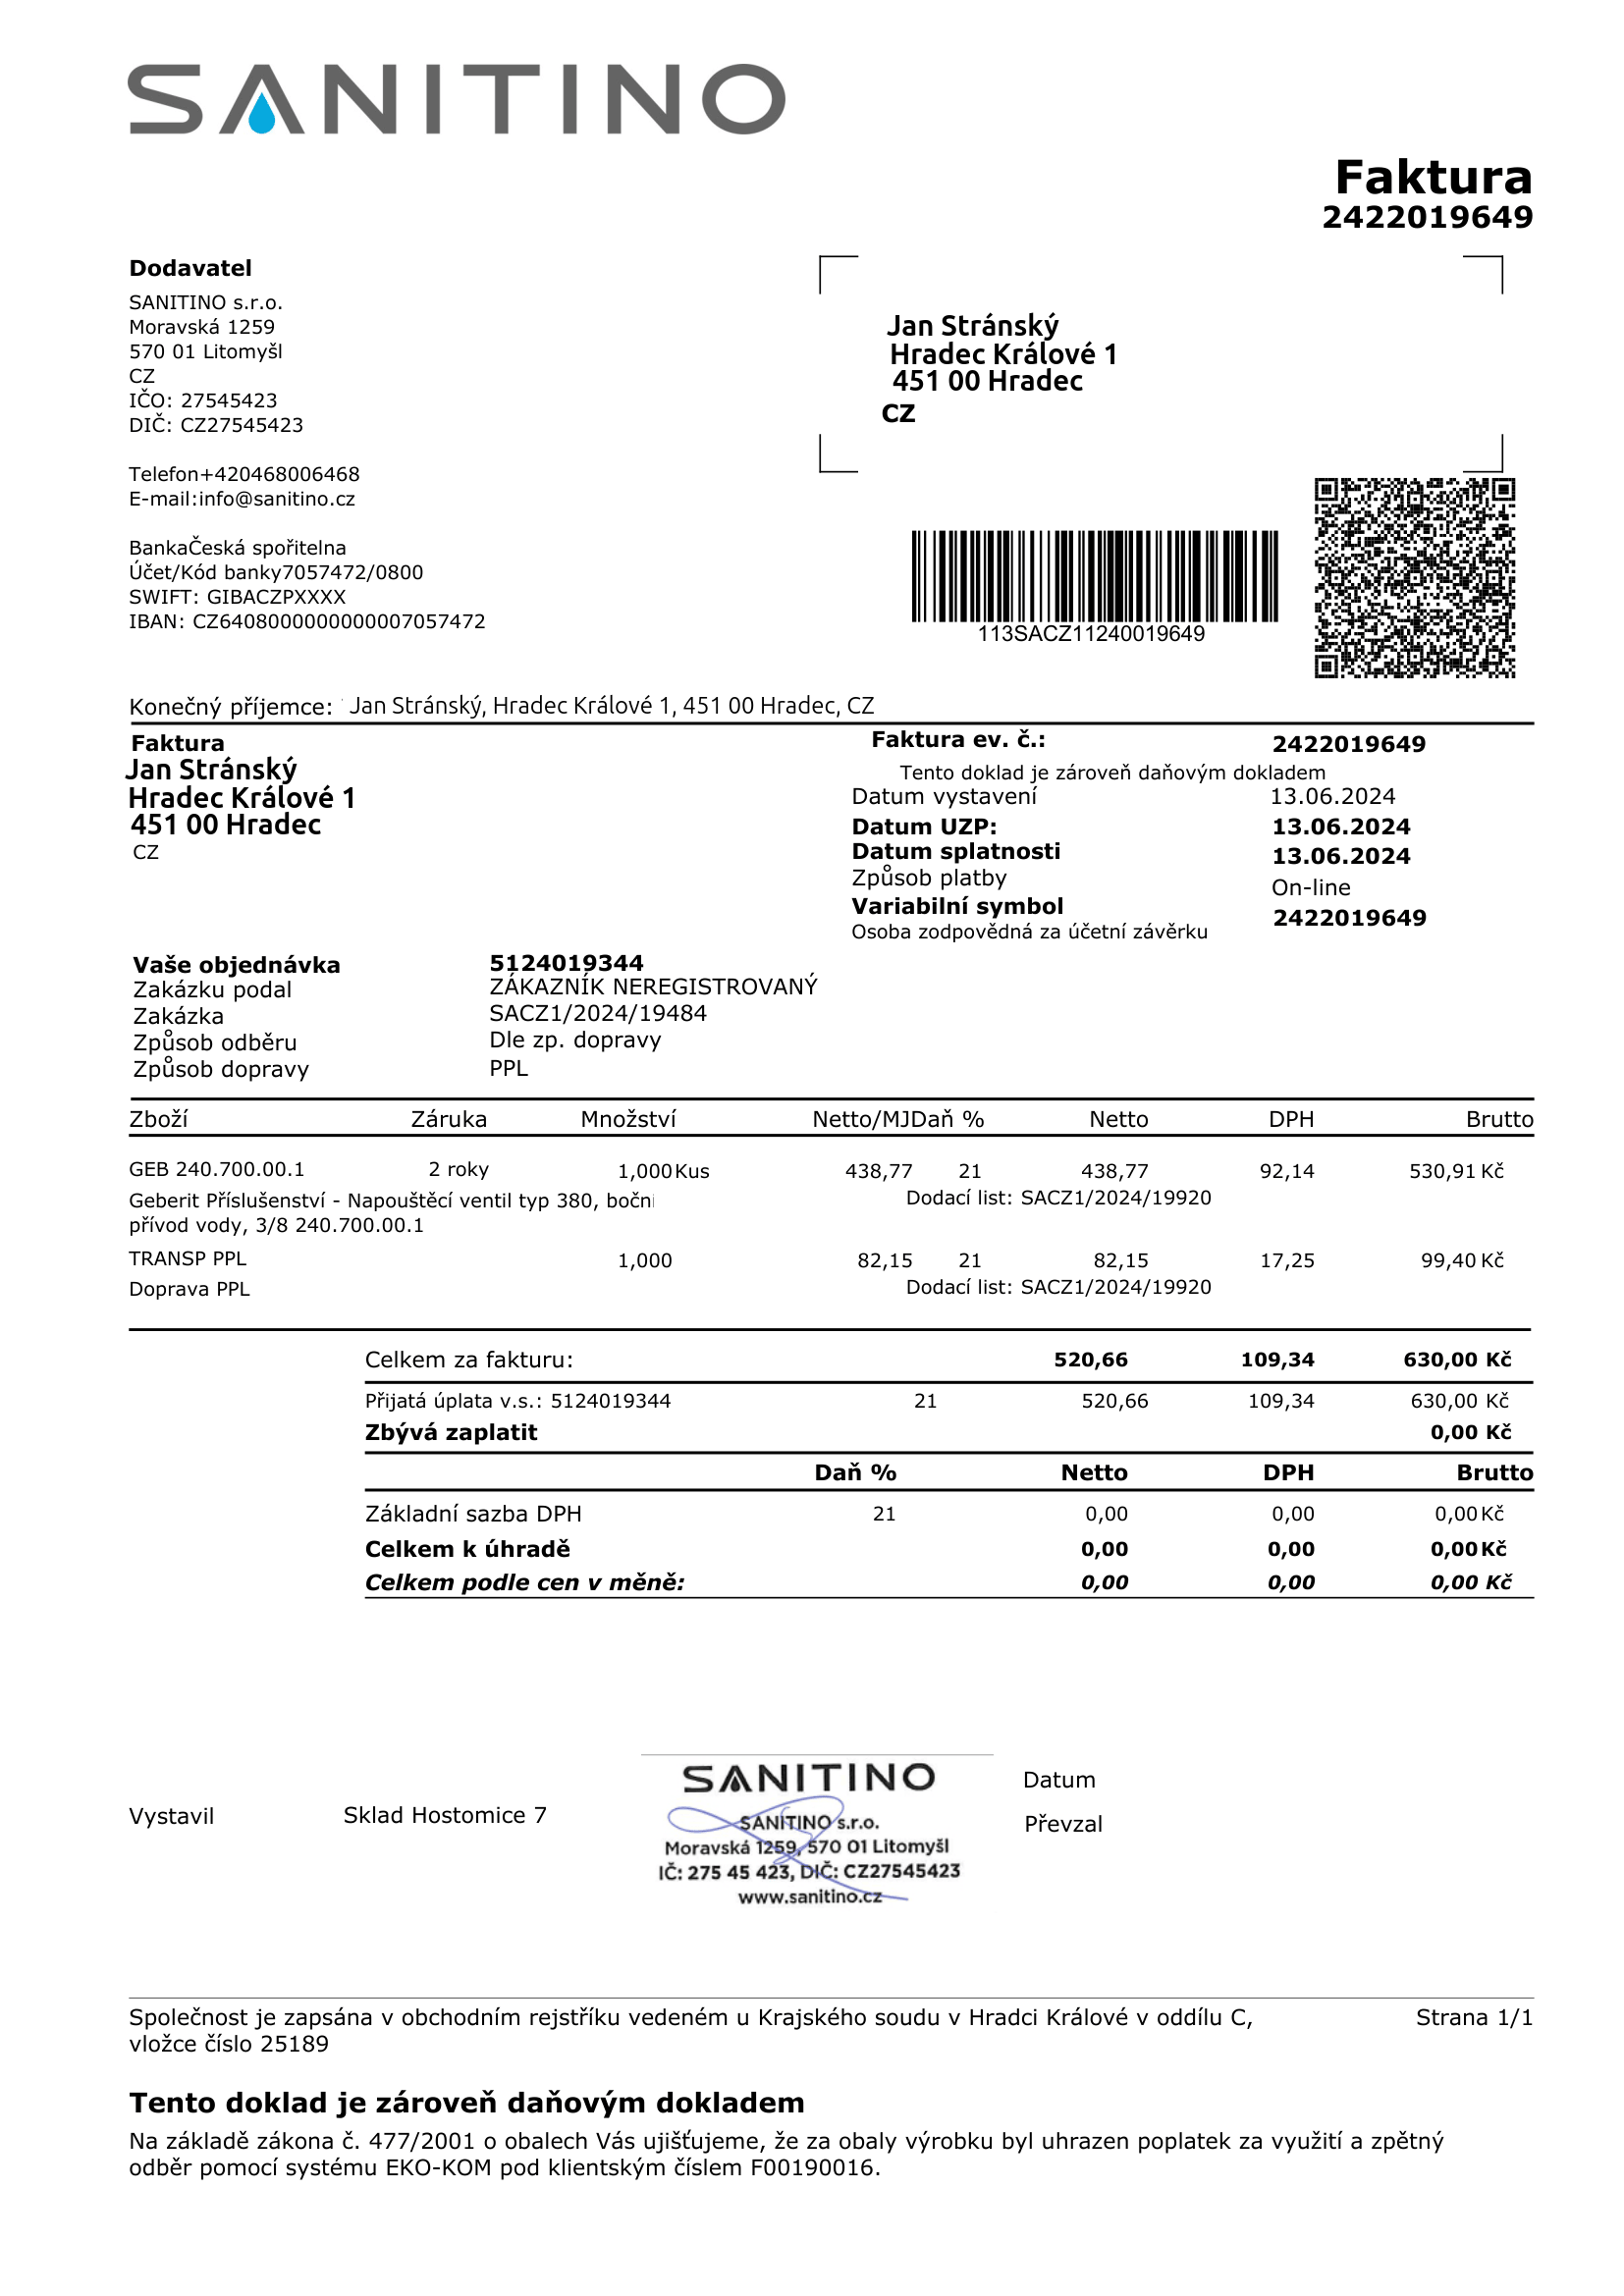
invoice_number: 2422019649
supp_register_id: 27545423
supp_tax_id: CZ27545423
issue_date: 13.06.2024
taxable_supply_date: 13.06.2024
due_date: 13.06.2024
payment_type: On-line
bank_account_number: 7057472/0800
iban: CZ6408000000000007057472
bic: GIBACZPXXXX
variable_symbol: 2422019649
total: 630,00